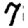
Digit: 7